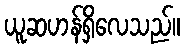
ယူဆဟန်ရှိလေသည်။